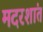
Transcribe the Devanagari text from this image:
मदरशांत